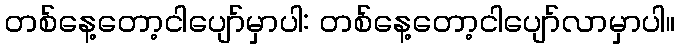
တစ်နေ့တော့ငါပျော်မှာပါ: တစ်နေ့တော့ငါပျော်လာမှာပါ။